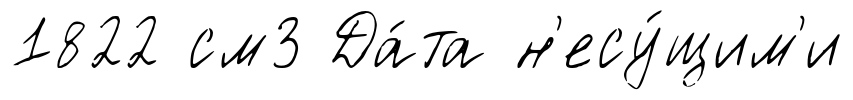
1822 см3 Да́та н'есу́щим'и